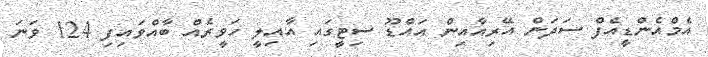
އެމްއެންޑީއެފް ސަދަން އޭރިއާއިން އައްޑޫ ސިޓީގައި އާއިލީ ހަވީރެއް ބާއްވައިފި 124 ވަނަ